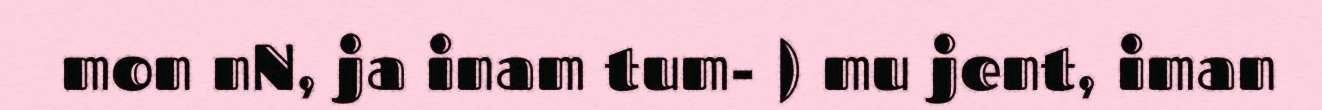
mon nN, ja inam tum- ) mu jent, iman